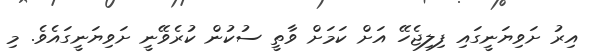
އިރު ށަވިޔަނީގައި ފިލިޖެހޭ އަށް ކަމަށް ވާތީ ސުކުން ކުރެވޭނީ ށަވިޔަނީގައެވެ. މި